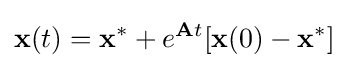
\mathbf {x} (t)=\mathbf {x} ^{*}+e^{\mathbf {A} t}[\mathbf {x} (0)-\mathbf {x} ^{*}]~